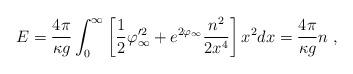
LaTeX: \begin{align*}E = \frac{4 \pi}{\kappa g} \int_0^\infty \left[ \frac{1}{2} \varphi_\infty'^2 + e^{2 \varphi_\infty}\frac{n^2}{2 x^4} \right] x^2 dx = \frac{4 \pi}{\kappa g} n\ , \end{align*}